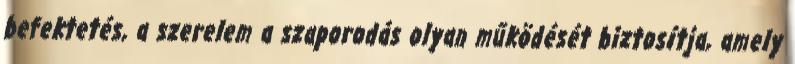
befektetés, a szerelem a szaporodás olyan működését biztosítja, amely